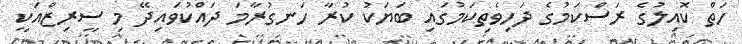
ހަތް ކޮއިލުގެ ރަސްކަމުގެ ދަހިވެތިކަމުގައި ބަޔަކު ކުރާ ހަނގުރާމަ ދައްކުވައިދޭ މި ސީރިޒްއަކީ